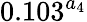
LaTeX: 0.103^{a_{4}}